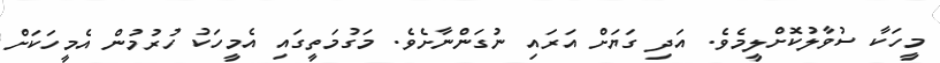
މީހަކާ ސުވާލުކޮށްލީމެވެ. އަދި ގަޔަށް އަރައި ނުގަންނާށެވެ. މަގުމަތީގައި އެމީހަކު ހުރުމުން އެމީހަކަށް